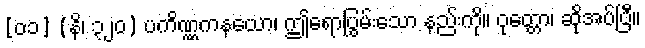
[၀၁] (နိ၊ ၃၂၀) ပကိဏ္ဏကနယော၊ ဤရောပြွမ်းသော နည်းကို။ ဝုတ္တော၊ ဆိုအပ်ပြီ။